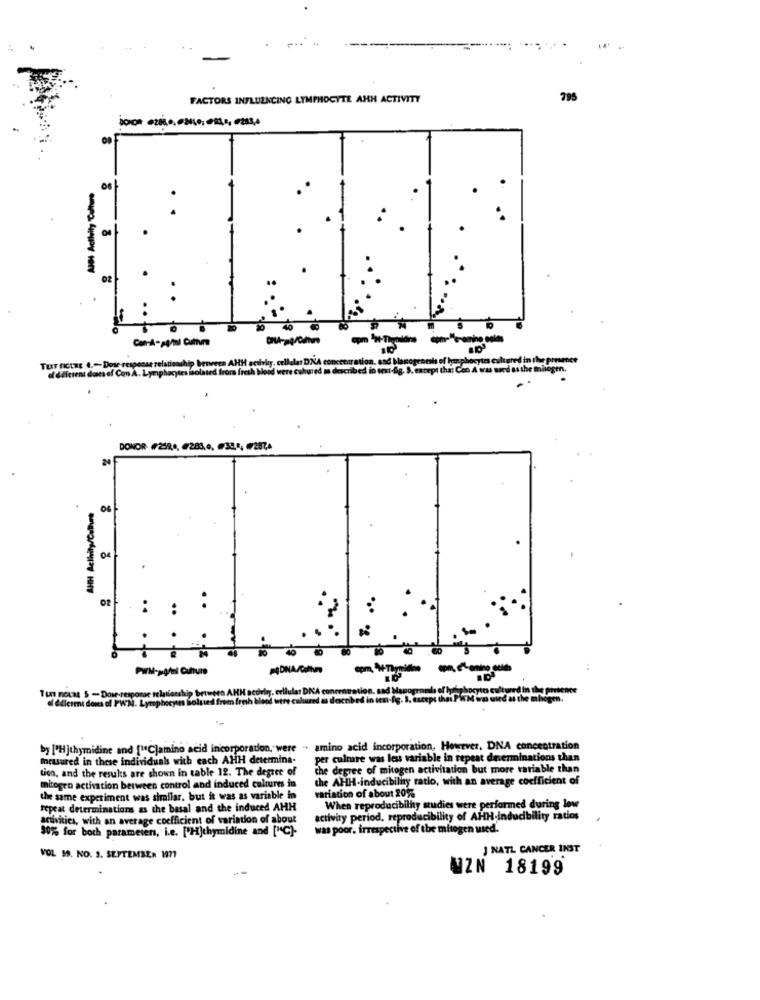
FACTORS INFLUENCING LYMPHOCYTE AHH ACTIVITY
795
aDNA
TERT FICERE 4 .- Dose response relationship benreca AHH selvles, celle
of diferent doses of Con A. Lymphocytes isolated from fresh blond wen
cept that Con A
DONOR #259,4, #283 ... #32.5, 2876
24
AHH Activity/Culture
04
MONA/Cafhm
.4
by P'H]thymidine and ["Cjamino acid incorporation, were - amino acid incorporation, However, DNA concentration
Ieusured in these individuals with each AHH determina-
per cuire was less variable in repeat dnerminations than
tion, and the results are shown in table 12. The degree of
che degree of mitogen activitation but more variable than
che AHH-inducibility ratio, with an average coefficient of
mitogen activation between control and induced cultures in
the same experiment was shallar, but it was as variable in
variation of about 20%
repeat determinations as the basal and the induced AHH
When reproducibility studies were performed during low
activities, with an average coefficient of variation of about
activity period, reproducibility of AHH-inducibility ratios
30% for both parameters, i.e. ['Hjthymidine and ["C)-
was poor. irrespective of the mitogen wied.
J NATL CANCER INST
VOL 19. NO. 3. SEPTEMBER 1971
UZN 18199